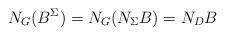
LaTeX: \begin{align*}N_G(B^\Sigma)=N_G(N_\Sigma B)=N_DB\end{align*}